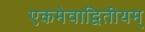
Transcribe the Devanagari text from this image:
एकमेवाद्वितीयम्‌